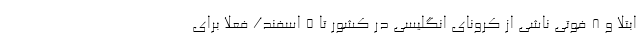
ابتلا و ۸ فوتی ناشی از کرونای انگلیسی در کشور تا ۵ اسفند/ فعلا برای